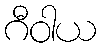
ဂီဝါယ